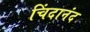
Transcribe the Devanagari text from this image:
चिंदानंद